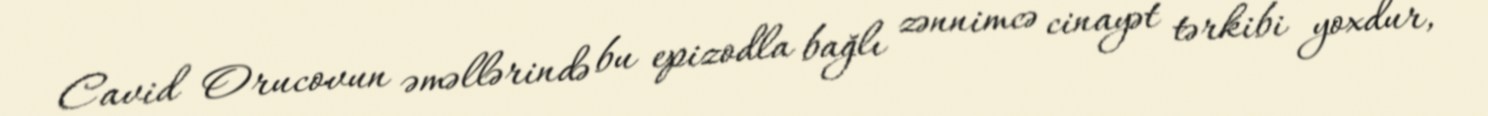
Cavid Orucovun əməllərində bu epizodla bağlı zənnimcə cinayət tərkibi yoxdur,